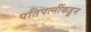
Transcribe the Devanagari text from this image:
पतिपत्नींकडून